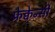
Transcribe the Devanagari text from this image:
फ्रेक्वेन्सी